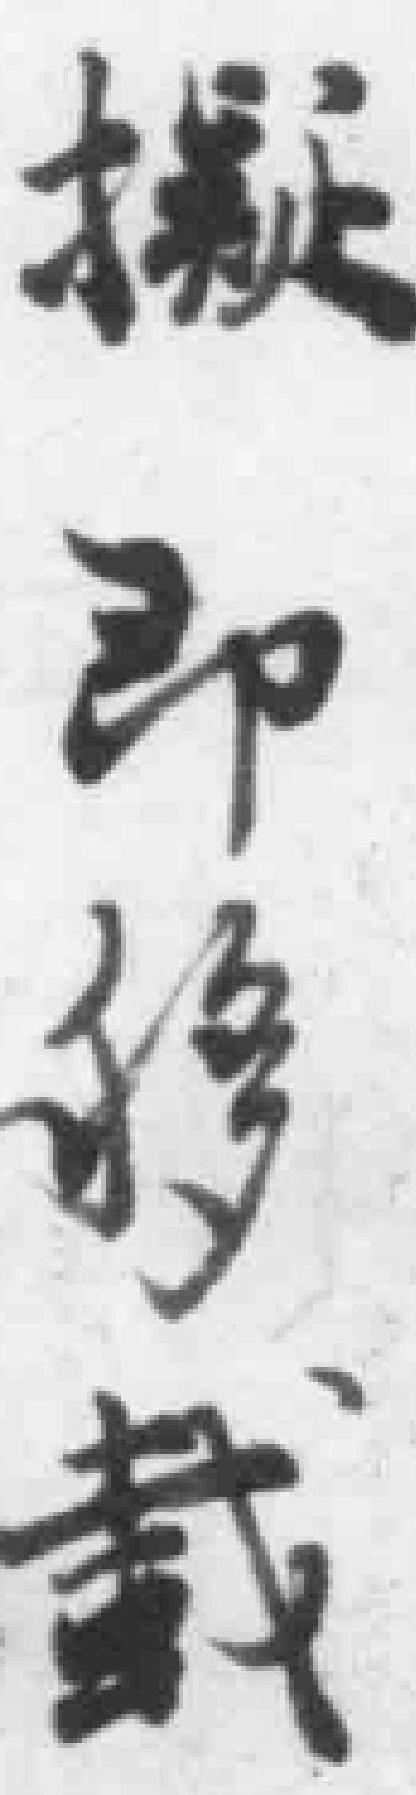
擬即移載